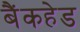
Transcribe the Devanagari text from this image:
बैंकहेड